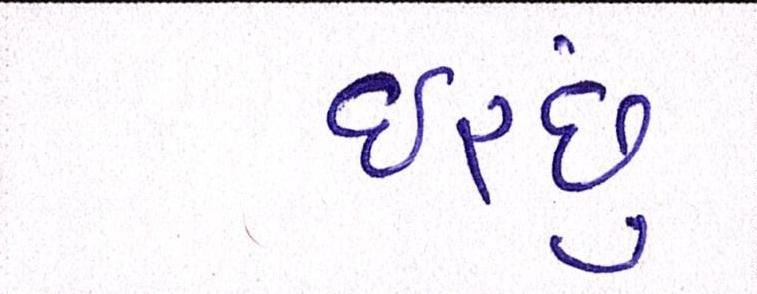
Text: ઈચ્છું